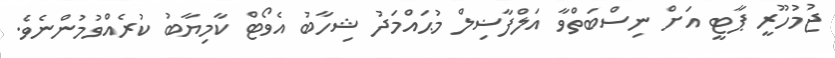
ޖުމުހޫރީ ޕާޓީ އަށް ނިސްބަތްވާ އަލްފާޟިލް މުޙައްމަދު ޝިހާބު އެވޯޓް ކާމިޔާބު ކުރެއްވުމުންނެވެ.